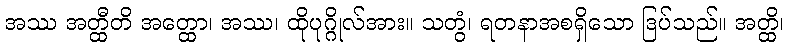
အဿ အတ္ထီတိ အတ္ထော၊ အဿ၊ ထိုပုဂ္ဂိုလ်အား။ သတွံ၊ ရတနာအစရှိသော ဒြပ်သည်။ အတ္ထိ၊